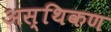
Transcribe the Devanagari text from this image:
अस्थिकण